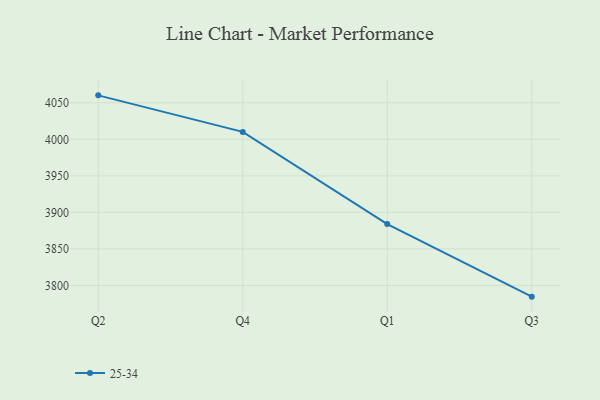
{"axis": {"x": "Quarter", "y": "Inventory Turnover"}, "legend": ["25-34"], "data": [{"x": "Q2", "y": 4060.2, "type": "25-34"}, {"x": "Q4", "y": 4010.2, "type": "25-34"}, {"x": "Q1", "y": 3884.0, "type": "25-34"}, {"x": "Q3", "y": 3784.7, "type": "25-34"}]}